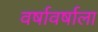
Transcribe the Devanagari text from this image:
वर्षावर्षाला